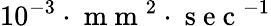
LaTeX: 10^{-3}\cdot\mathrm{~m~m~}^{2}\cdot\mathrm{~s~e~c~}^{-1}